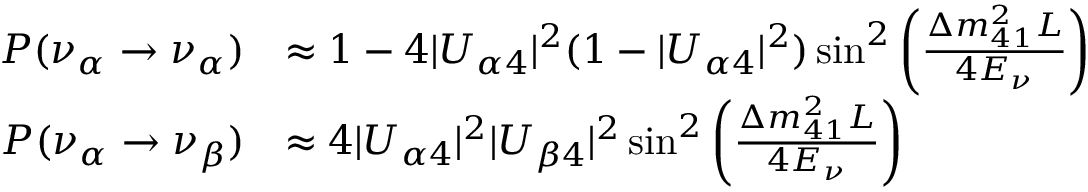
\begin{array} { r l } { P ( \nu _ { \alpha } \to \nu _ { \alpha } ) } & { \approx 1 - 4 | U _ { \alpha 4 } | ^ { 2 } ( 1 - | U _ { \alpha 4 } | ^ { 2 } ) \sin ^ { 2 } \left( \frac { \Delta m _ { 4 1 } ^ { 2 } L } { 4 E _ { \nu } } \right) } \\ { P ( \nu _ { \alpha } \to \nu _ { \beta } ) } & { \approx 4 | U _ { \alpha 4 } | ^ { 2 } | U _ { \beta 4 } | ^ { 2 } \sin ^ { 2 } \left( \frac { \Delta m _ { 4 1 } ^ { 2 } L } { 4 E _ { \nu } } \right) } \end{array}